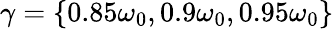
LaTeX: \gamma=\lbrace{0.85\omega_{0},0.9\omega_{0},0.95\omega_{0}\rbrace}